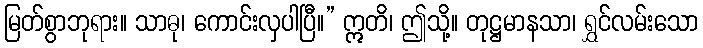
မြတ်စွာဘုရား။ သာဓု၊ ကောင်းလှပါပြီ။” ဣတိ၊ ဤသို့။ တုဋ္ဌမာနသာ၊ ရွှင်လမ်းသော